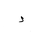
Letter: _dal